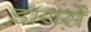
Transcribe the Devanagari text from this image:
डायरों